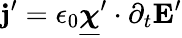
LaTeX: \mathbf j^{\prime}=\epsilon_{0}\underline{{\boldsymbol\chi}}^{\prime}\cdot\partial_{t}\mathbf E^{\prime}